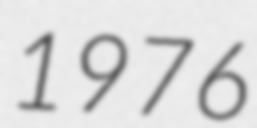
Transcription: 1976